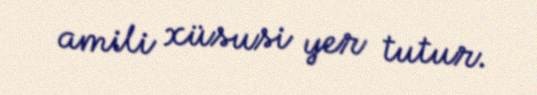
amili xüsusi yer tutur.